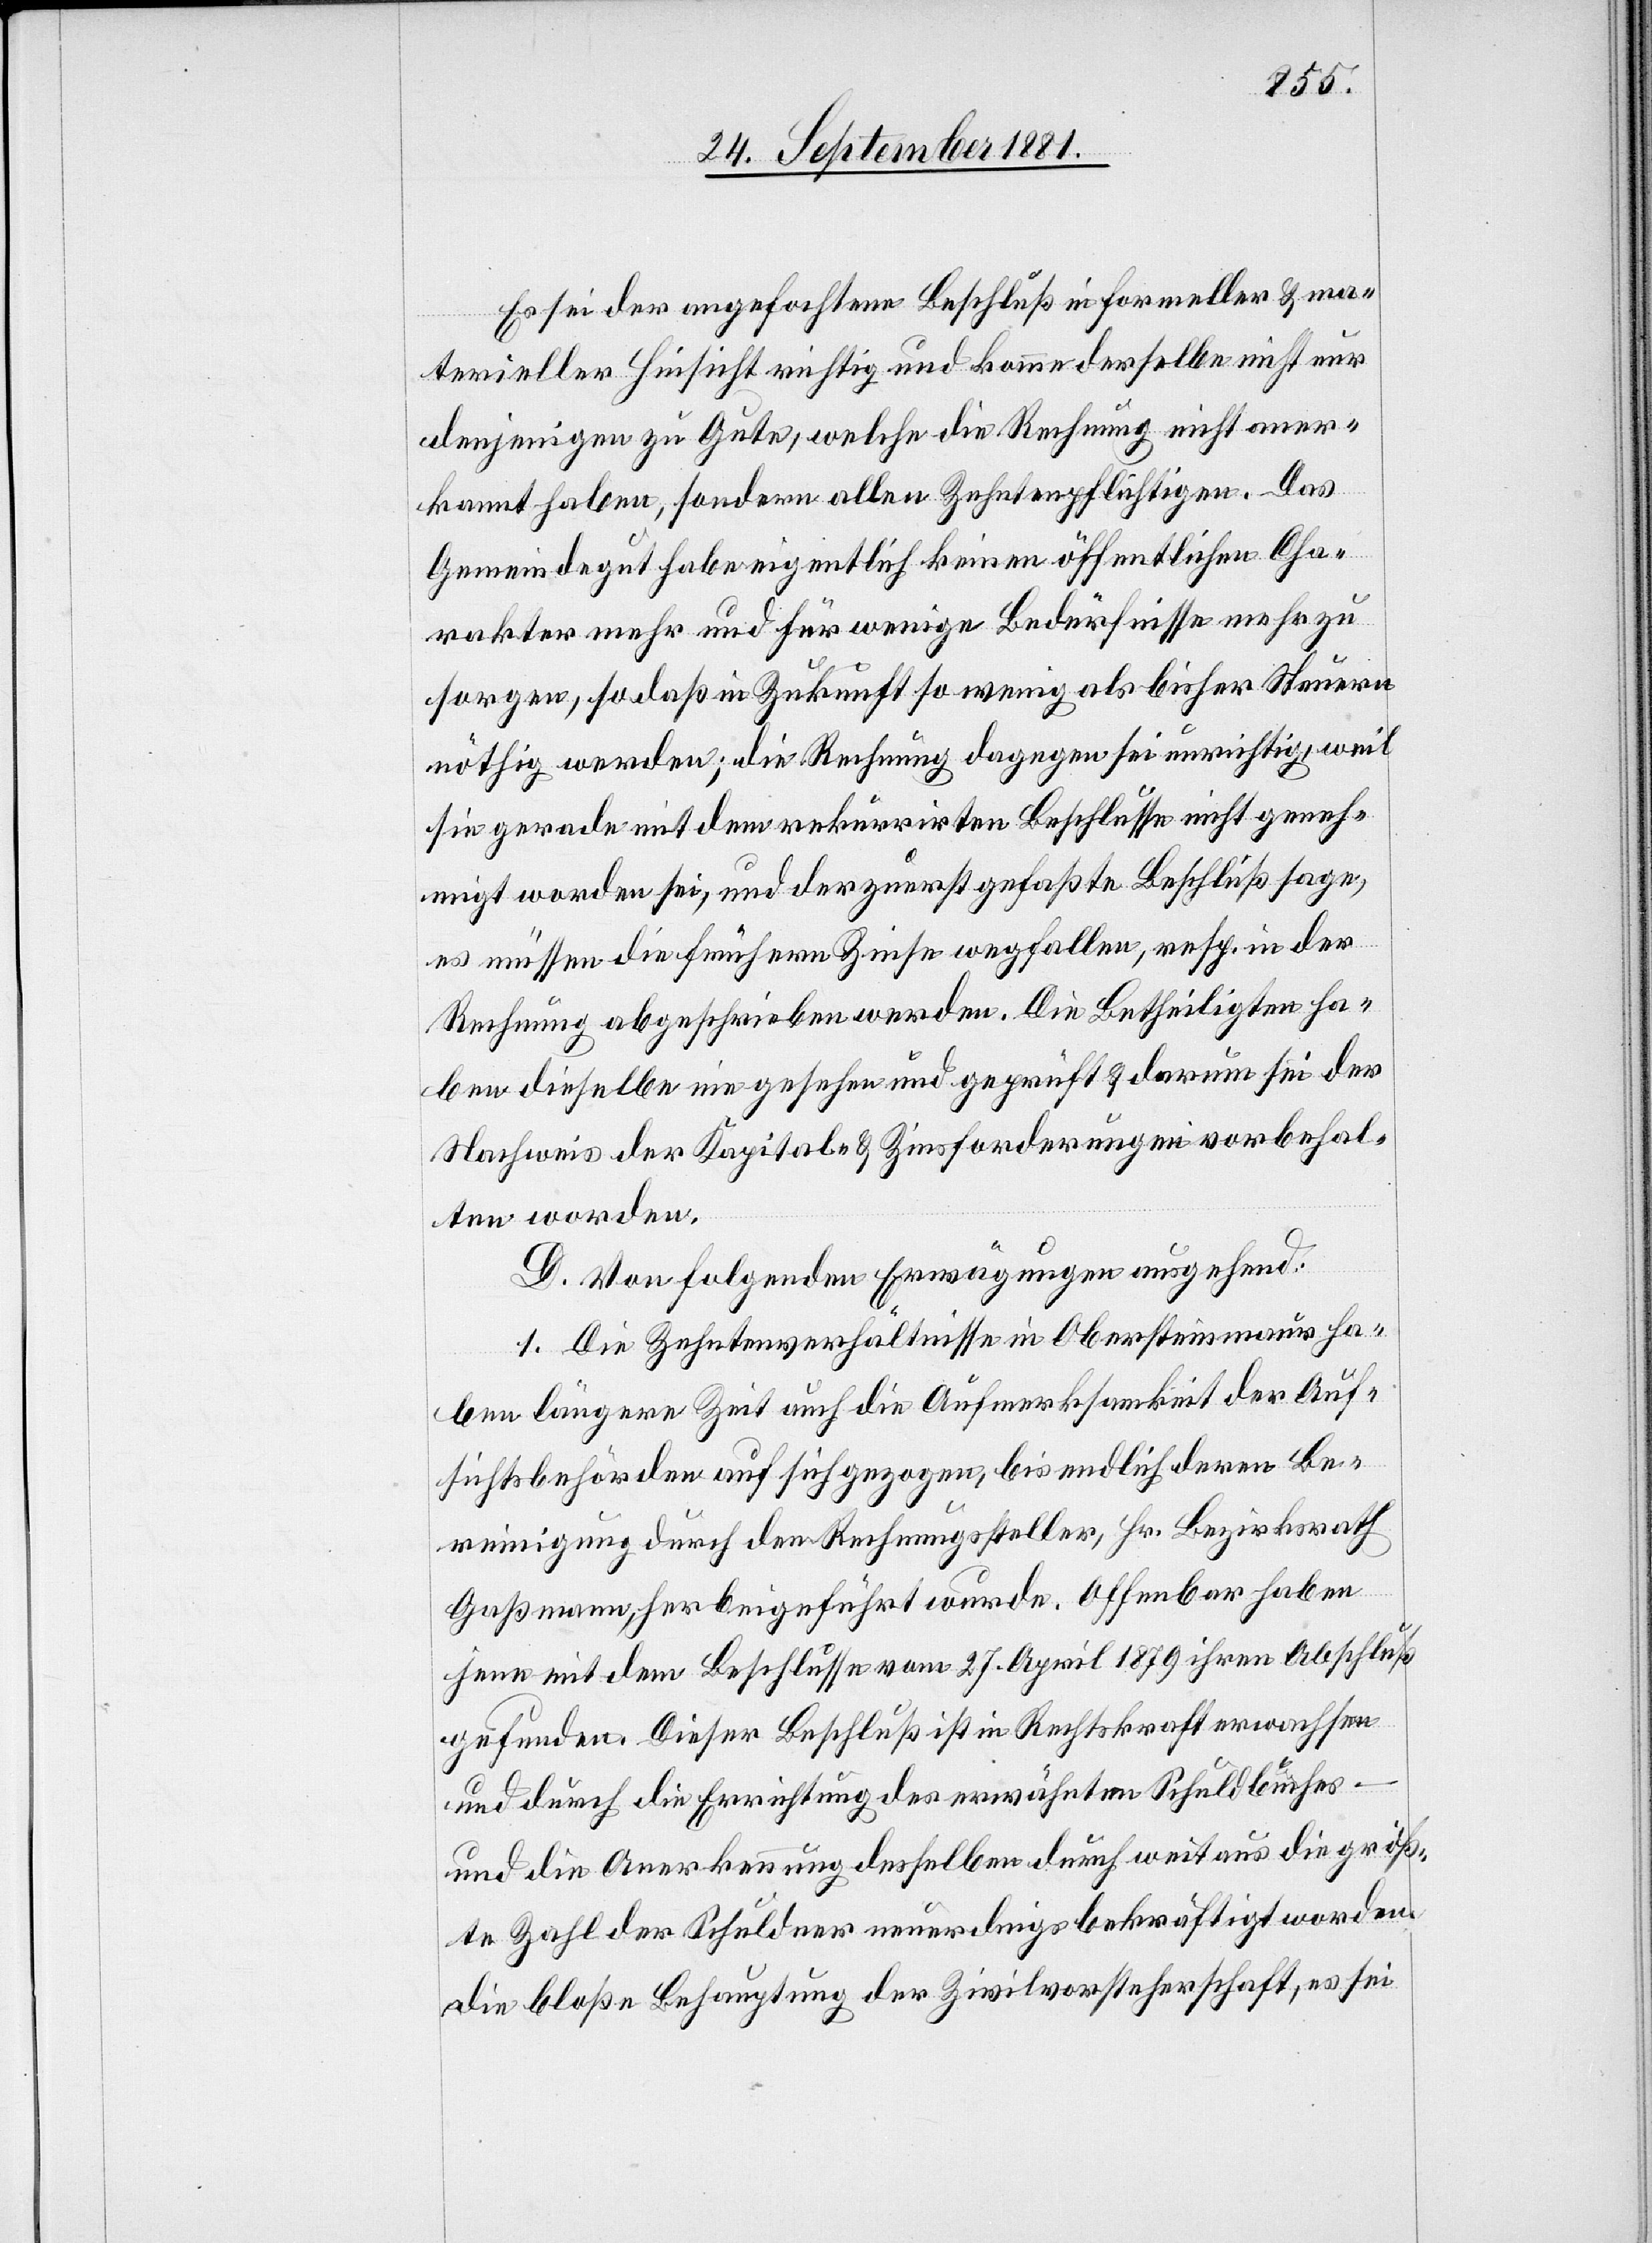
Es sei der angefochtene Beschluß in formeller & ma¬
terieller Hinsicht richtig und komme derselbe nicht nur
denjenigen zu Gute, welche die Rechnung nicht aner¬
kannt haben, sondern allen Zehntenpflichtigen. Das
Gemeindegut habe eigentlich keinen öffentlichen Cha¬
rakter mehr und für wenige Bedürfnisse mehr zu
sorgen, so daß in Zukunft so wenig als bisher Steuern
nöthig werden; die Rechnung dagegen sei unrichtig, weil
sie gerade mit dem rekurrirten Beschlusse nicht geneh¬
migt worden sei, und der zuerst gefaßte Beschluß sage,
es müssen die frühern Zinse wegfallen, resp. in der
Rechnung abgeschrieben werden. Die Betheiligten ha¬
ben dieselben nie gesehen und geprüft & darum sei der
Nachweis der Kapital- & Zinsforderungen vorbehal¬
ten worden.
D. Von folgenden Erwägungen ausgehend:
1. Die Zehntenverhältnisse in Obersteinmaur ha¬
ben längere Zeit auch die Aufmerksamkeit der Auf¬
sichtsbehörden auf sich gezogen, bis endlich deren Be¬
reinigung durch den Rechnungssteller, Hr. Bezirksrath
Gaßmann, herbeigeführt wurde. Offenbar haben
jene mit dem Beschlusse vom 27. April 1879 ihren Abschluß
gefunden. Dieser Beschluß ist in Rechtskraft erwachsen
und durch die Errichtung des erwähnten Schuldbuches
und die Anerkennung desselben durch weit aus die größ¬
te Zahl der Schuldner neuerdings bekräftigt worden[;]
die bloße Behauptung der Zivilvorsteherschaft, es sei